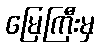
မြေကြီးမှ